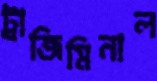
ট্রাজিমিনাল